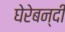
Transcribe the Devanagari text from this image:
घेरेबन्दी